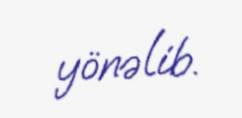
yönəlib.